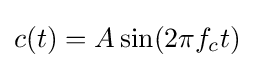
c(t)=A\sin(2\pi f_{c}t)